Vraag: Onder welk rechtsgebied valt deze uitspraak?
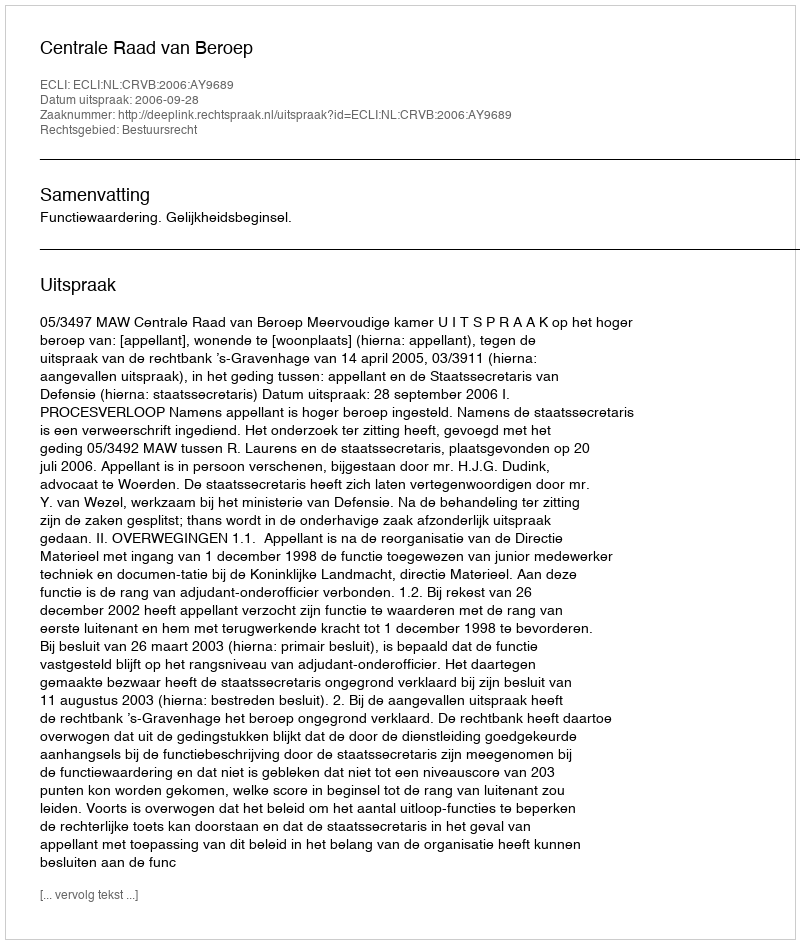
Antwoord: Bestuursrecht